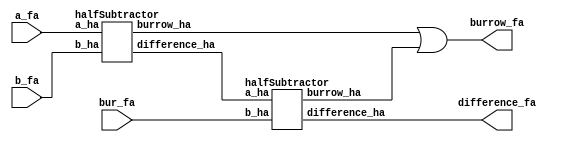
/*

*/

module fullSubtractor(
						input a_fa, b_fa, bur_fa,
						output difference_fa, burrow_fa
					 );

wire ha1_diff;
wire ha1_burr;
wire ha2_burr;

halfSubtractor hs1 (
					.a_ha(a_fa),
					.b_ha(b_fa),
					.difference_ha(ha1_diff),
					.burrow_ha(ha1_burr)
					);

halfSubtractor hs2 (
					.a_ha(ha1_diff),
					.b_ha(bur_fa),
					.difference_ha(difference_fa),
					.burrow_ha(ha2_burr)
					);

assign burrow_fa = ha1_burr | ha2_burr;


// where, ha1_burr = (~a_fa) | b_fa
// where, ha2_burr = (~(a^b))| bur_fa`

/*
// Dataflow modelling
assign difference_fa = a_fa ^ b_fa ^ bur_fa;
//assign burrow_fa	 = ((~a_fa) & b_fa) | (~(a_fa ^ b_fa) & bur_fa);	
						// or
assign burrow_fa	 = ((~a_fa) & b_fa) | (	(a_fa ^~ b_fa) & bur_fa);	
*/

endmodule



module halfSubtractor(	
						input a_ha, b_ha,
						output difference_ha, burrow_ha
					 );

// Dataflow Model
assign difference_ha = a_ha^b_ha;
assign burrow_ha	 = (~a_ha)&b_ha; 

endmodule